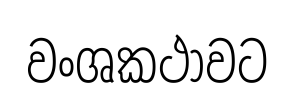
වංශකථාවට